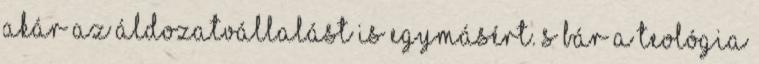
akár az áldozatvállalást is egymásért. S bár a teológia